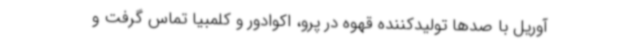
آوریل با صدها تولیدکننده قهوه در پرو، اکوادور و کلمبیا تماس گرفت و